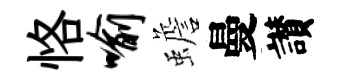
恪喻蟾曼讃